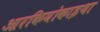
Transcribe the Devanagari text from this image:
आरकियोकाइथा